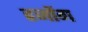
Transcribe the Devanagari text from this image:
हजोंग